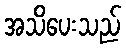
အသိပေးသည်